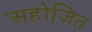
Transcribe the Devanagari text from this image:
अहोजित